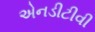
એનડીટીવી